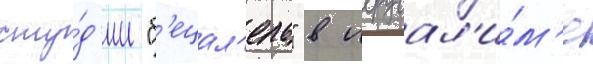
сту́д'ии "б'ецал'ель" в иерусал'и́м'е